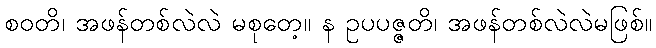
စဝတိ၊ အဖန်တစ်လဲလဲ မစုတေ့။ န ဥပပဇ္ဇတိ၊ အဖန်တစ်လဲလဲမဖြစ်။